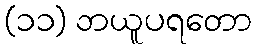
(၁၁) ဘယူပရတော